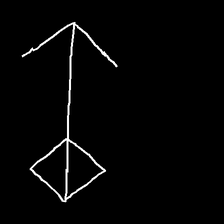
Glyph: focus